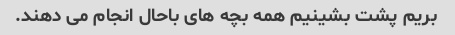
بریم پشت بشینیم همه بچه های باحال انجام می دهند.